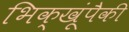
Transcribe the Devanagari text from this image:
भिक्खूंपैकी